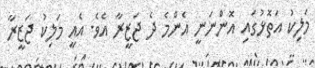
މަލިކު އަތޮޅުގައި އޮންނަނީ އެންމެ ދެ ޖަޒީރާ އެވެ. އެއީ މަލިކު ޖަޒީރާ